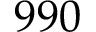
9 9 0